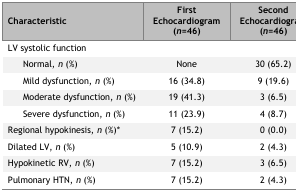
<table><thead><tr><td><b>Characteristic</b></td><td><b>First Echocardiogram (<i>n</i>=46)</b></td><td><b>Second Echocardiogram (<i>n</i>=46)</b></td></tr></thead><tbody><tr><td colspan="3">LV systolic function</td></tr><tr><td> Normal, <i>n</i> (%)</td><td>None</td><td>30 (65.2)</td></tr><tr><td> Mild dysfunction, <i>n</i> (%)</td><td>16 (34.8)</td><td>9 (19.6)</td></tr><tr><td> Moderate dysfunction, <i>n</i> (%)</td><td>19 (41.3)</td><td>3 (6.5)</td></tr><tr><td> Severe dysfunction, <i>n</i> (%)</td><td>11 (23.9)</td><td>4 (8.7)</td></tr><tr><td>Regional hypokinesis, <i>n</i> (%)*</td><td>7 (15.2)</td><td>0 (0.0)</td></tr><tr><td>Dilated LV, <i>n</i> (%)</td><td>5 (10.9)</td><td>2 (4.3)</td></tr><tr><td>Hypokinetic RV, <i>n</i> (%)</td><td>7 (15.2)</td><td>3 (6.5)</td></tr><tr><td>Pulmonary HTN, <i>n</i> (%)</td><td>7 (15.2)</td><td>2 (4.3)</td></tr></tbody></table>